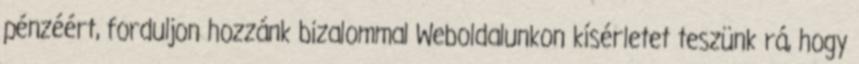
pénzéért, forduljon hozzánk bizalommal Weboldalunkon kísérletet teszünk rá, hogy